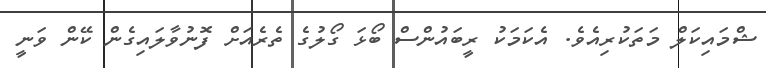
ޝްމައިކަލް މަތަކުރިއެވެ. އެކަމަކު ރީބައުންސް ބޯޅަ ގޯލުގެ ތެރެއަށް ފޮނުވާލައިގެން ކޭން ވަނީ